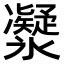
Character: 𠘤